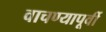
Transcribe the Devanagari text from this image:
वाचण्यापूर्वी